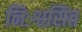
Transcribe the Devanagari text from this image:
निःश्वसित